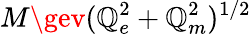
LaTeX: M\gev(\mathbb{Q}_{e}^{2}+\mathbb{Q}_{m}^{2})^{1/2}